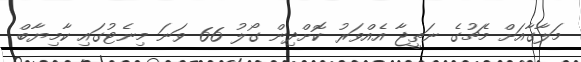
މަލާގާއަށް މެޗުގެ ނަތީޖާ އެއްވަރު ކޮށްދިން ގޯލު 66 ވަނަ މިނެޓުގައި ކާމިޔާބް